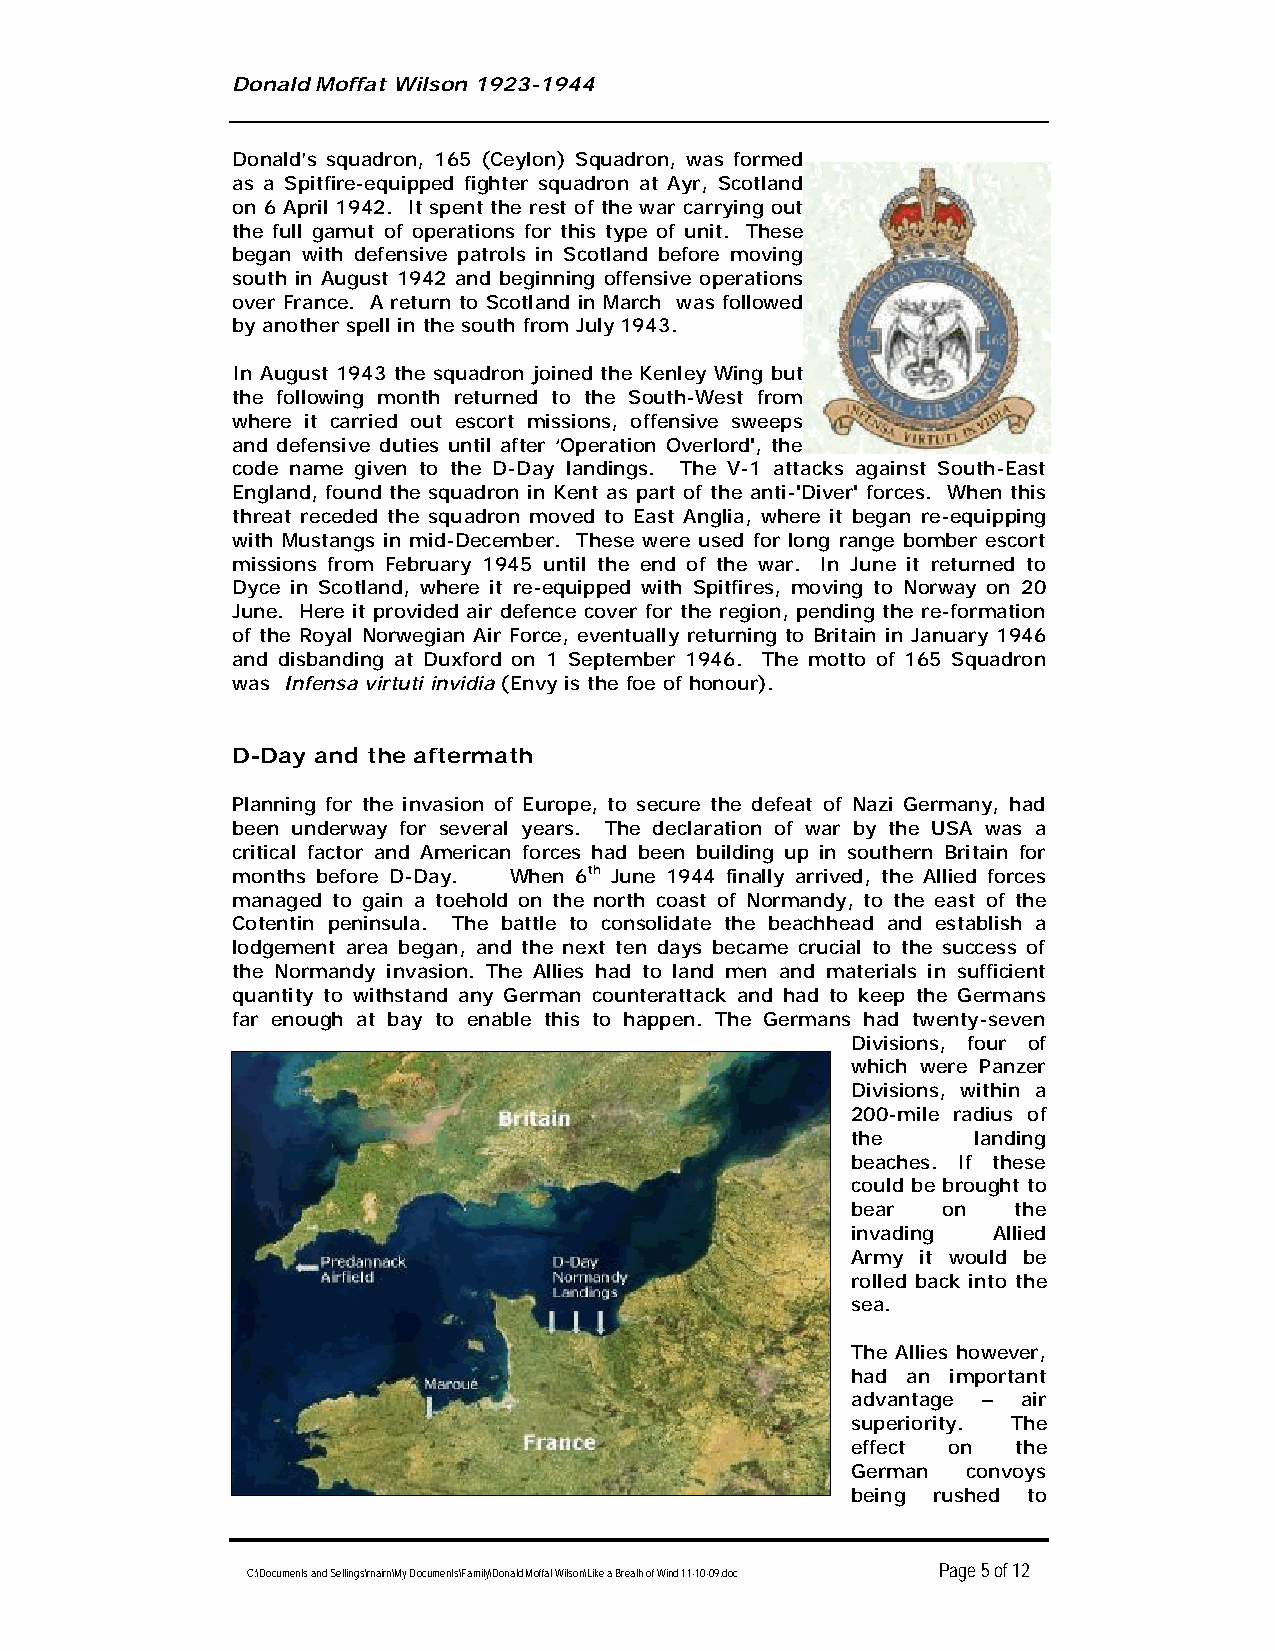
Donald Moffat Wilson 1923-1944
 Donald’s squadron, 165 (Ceylon) Squadron, was formed
 as a Spitfire-equipped fighter squadron at Ayr, Scotland
 on 6 April 1942. It spent the rest of the war carrying out
 the full gamut of operations for this type of unit. These
 began with defensive patrols in Scotland before moving
 south in August 1942 and beginning offensive operations
 over France. A return to Scotland in March was followed
 by another spell in the south from July 1943.
 In August 1943 the squadron joined the Kenley Wing but
 the following month returned to the South-West from
 where it carried out escort missions, offensive sweeps
 and defensive duties until after ‘Operation Overlord', the
 code name given to the D-Day landings. The V-1 attacks against South-East
 England, found the squadron in Kent as part of the anti-'Diver' forces. When this
 threat receded the squadron moved to East Anglia, where it began re-equipping
 with Mustangs in mid-December. These were used for long range bomber escort
 missions from February 1945 until the end of the war. In June it returned to
 Dyce in Scotland, where it re-equipped with Spitfires, moving to Norway on 20
 June. Here it provided air defence cover for the region, pending the re-formation
 of the Royal Norwegian Air Force, eventually returning to Britain in January 1946
 and disbanding at Duxford on 1 September 1946. The motto of 165 Squadron
 was Infensa virtuti invidia (Envy is the foe of honour).
 D-Day and the aftermath
 Planning for the invasion of Europe, to secure the defeat of Nazi Germany, had
 been underway for several years. The declaration of war by the USA was a
 critical factor and American forces had been building up in southern Britain for
 months before D-Day. When 6 th June 1944 finally arrived, the Allied forces
 managed to gain a toehold on the north coast of Normandy, to the east of the
 Cotentin peninsula. The battle to consolidate the beachhead and establish a
 lodgement area began, and the next ten days became crucial to the success of
 the Normandy invasion. The Allies had to land men and materials in sufficient
 quantity to withstand any German counterattack and had to keep the Germans
 far enough at bay to enable this to happen. The Germans had twenty-seven
 Divisions, four of
 which were Panzer
 Divisions, within a
 200-mile radius of
 the landing
 beaches. If these
 could be brought to
 bear on the
 invading Allied
 Army it would be
 rolled back into the
 sea.
 The Allies however,
 had an important
 advantage – air
 superiority. The
 effect on the
 German convoys
 being rushed to
 Page 5 of 12
 C:\Documents and Settings\rnairn\My Documents\Family\Donald Moffat Wilson\Like a Breath of Wind 11-10-09.doc